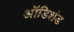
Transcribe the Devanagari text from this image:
ऑडिशंड